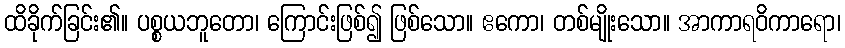
ထိခိုက်ခြင်း၏။ ပစ္စယဘူတော၊ ကြောင်းဖြစ်၍ ဖြစ်သော။ ဧကော၊ တစ်မျိုးသော။ အာကာရဝိကာရော၊